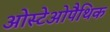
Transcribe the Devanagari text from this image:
ओस्टेओपैथिक